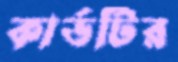
কার্ডটির